Code of medical and sanitary regulations for the guidance of medical officers serving in the Madras Presidency - Volume II
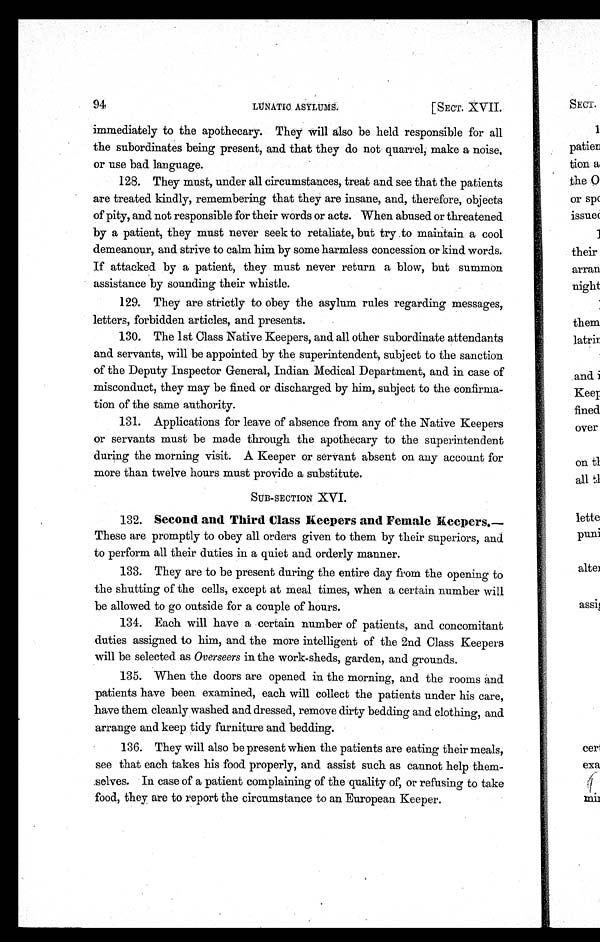
94
LUNATIC ASYLUMS.
[SECT. XVII.
immediately to the apothecary. They will also be held responsible for all
the subordinates being present, and that they do not quarrel, make a noise,
or use bad language.
128. They must, under all circumstances, treat and see that the patients
are treated kindly, remembering that they are insane, and, therefore, objects
of pity, and not responsible for their words or acts. When abused or threatened
by a patient, they must never seek to retaliate, but try to maintain a cool
demeanour, and strive to calm him by some harmless concession or kind words.
If attacked by a patient, they must never return a blow, but summon
assistance by sounding their whistle.
129. They are strictly to obey the asylum rules regarding messages,
letters, forbidden articles, and presents.
130. The 1st Class Native Keepers, and all other subordinate attendants
and servants, will be appointed by the superintendent, subject to the sanction
of the Deputy Inspector General, Indian Medical Department, and in case of
misconduct, they may be fined or discharged by him, subject to the confirma-
tion of the same authority.
131. Applications for leave of absence from any of the Native Keepers
or servants must be made through the apothecary to the superintendent
during the morning visit. A Keeper or servant absent on any account for
more than twelve hours must provide a substitute.
SUB-SECTION XVI.
132. Second and Third Class Keepers and Female Keepers.
— T h e s e a r e p r o m p t l y t o o b e y a l l o r d e r s g i v e n t o t h e m b y t h e i r s u p e r i o r s , a n d
to perform all their duties in a quiet and orderly manner.
133. They are to be present during the entire day from the opening to
the shutting of the cells, except at meal times, when a certain number will
be allowed to go outside for a couple of hours.
134. Each will have a certain number of patients, and concomitant
duties assigned to him, and the more intelligent of the 2nd Class Keepers
will be selected as Overseers in the work-sheds, garden, and grounds.
135. When the doors are opened in the morning, and the rooms and
patients have been examined, each will collect the patients under his care,
have them cleanly washed and dressed, remove dirty bedding and clothing, and
arrange and keep tidy furniture and bedding.
136. They will also be present when the patients are eating their meals,
see that each takes his food properly, and assist such as cannot help them-
selves. In case of a patient complaining of the quality of, or refusing to take
food, they are to report the circumstance to an European Keeper.